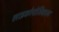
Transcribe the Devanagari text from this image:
लाइकोपोर्सिकान